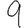
Digit: 9